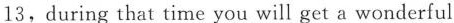
13,during that time you will get a wonderful